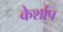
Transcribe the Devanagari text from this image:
केर्शाप